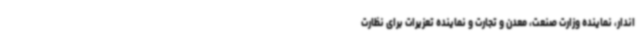
اندار، نماینده وزارت صنعت، معدن و تجارت و نماینده تعزیرات برای نظارت